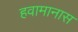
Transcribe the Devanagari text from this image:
हवामानास